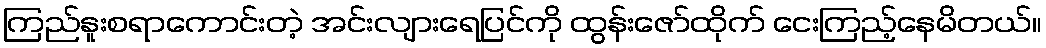
ကြည်နူးစရာကောင်းတဲ့ အင်းလျားရေပြင်ကို ထွန်းဇော်ထိုက် ငေးကြည့်နေမိတယ်။